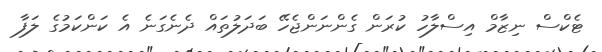
ޓެކްސް ނިޒާމް އިސްލާހު ކުރަން ގެންނަންޖެހޭ ބަދަލުތައް ދެނެގަނެ އެ ކަންކަމުގެ ލަފާ